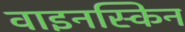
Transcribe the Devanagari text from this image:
वाइनस्किन